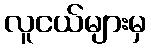
လူငယ်များမှ